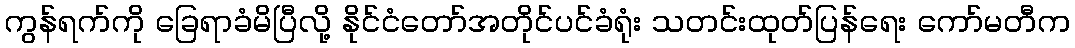
ကွန်ရက်ကို ခြေရာခံမိပြီလို့ နိုင်ငံတော်အတိုင်ပင်ခံရုံး သတင်းထုတ်ပြန်ရေး ကော်မတီက